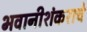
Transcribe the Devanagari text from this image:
भवानीशंकराचे